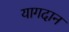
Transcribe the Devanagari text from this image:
यागदान